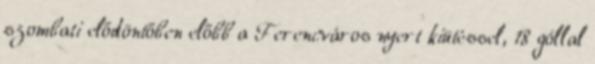
szombati elődöntőben előbb a Ferencváros nyert kiütéssel, 18 góllal